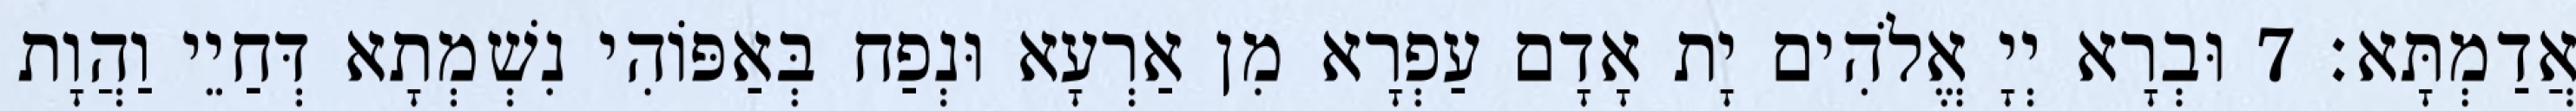
אֲדַמְתָּא׃ 7 וּבְרָא יְיָ אֱלֹהִים יָת אָדָם עַפְרָא מִן אַרְעָא וּנְפַח בְּאַפּוֹהִי נִשְׁמְתָא דְּחַיֵי וַהֲוָת